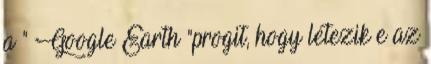
a " Google Earth "progit, hogy létezik e az